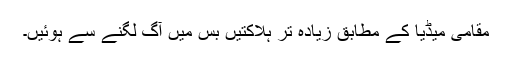
مقامی میڈیا کے مطابق زیادہ تر ہلاکتیں بس میں آگ لگنے سے ہوئیں۔